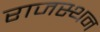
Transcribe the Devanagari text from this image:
राजस्थन